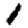
Digit: 1